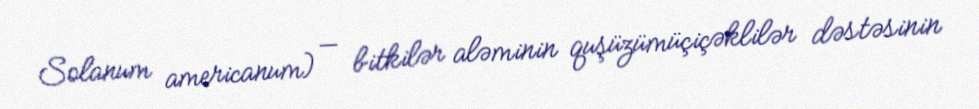
Solanum americanum) — bitkilər aləminin quşüzümüçiçəklilər dəstəsinin